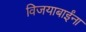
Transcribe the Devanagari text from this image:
विजयाबाईंना